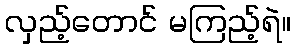
လှည့်တောင် မကြည့်ရဲ။